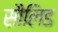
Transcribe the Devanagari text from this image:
सौलिड